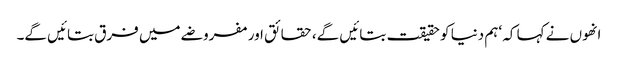
انھوں نے کہا کہ ‘ہم دنیا کو حقیقت بتائیں گے، حقائق اور مفروضے میں فرق بتائیں گے۔